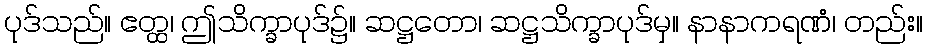
ပုဒ်သည်။ ဧတ္ထ၊ ဤသိက္ခာပုဒ်၌။ ဆဋ္ဌတော၊ ဆဋ္ဌသိက္ခာပုဒ်မှ။ နာနာကရဏံ၊ တည်း။